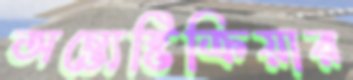
অন্ত্যেষ্টিক্রিয়ার